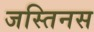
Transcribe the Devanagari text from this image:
जस्तिनस